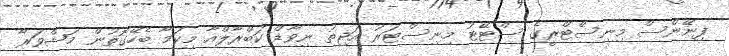
ފިނޭންސް މިނިސްޓްރީގެ ސްޓޭޓު މިނިސްޓަރު އަޖިތު ނިވާޑް ކަބްރާލްއާ މިކަމާ ބެހޭގޮތުން މަޝްވަރާ